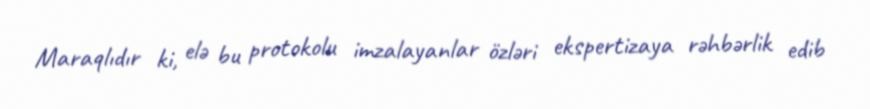
Maraqlıdır ki, elə bu protokolu imzalayanlar özləri ekspertizaya rəhbərlik edib